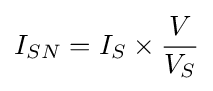
I_{SN}=I_{S}\times {\frac {V}{V_{S}}}